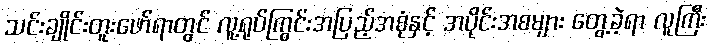
သင်းချိုင်းတူးဖော်ရာတွင် လူ့ရုပ်ကြွင်းအပြည့်အစုံနှင့် အပိုင်းအစများ တွေ့ခဲ့ရာ လူကြီး